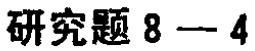
研究题 8 - 4